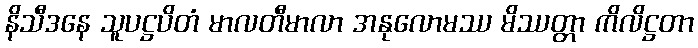
နိသီဒနေ သူပဋ္ဌပိတံ မာလတီမာလာ အနုလောမဿ မိဿတ္တာ ကိလိဋ္ဌတာ